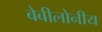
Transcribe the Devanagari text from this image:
बेबीलोनीय